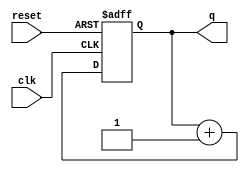
module prelab_1(
    input clk,
    output [3:0] q,
    input reset
    );
    
reg [3:0] q;
reg [3:0] next;

always @(q)
begin
    next = q + 4'd1;
end

always @(posedge clk or negedge reset)
begin
    if (~reset)
    begin
        q = 4'd0;
    end
    else 
        q = next;
end

endmodule